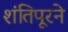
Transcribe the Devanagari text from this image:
शंतिपूरने